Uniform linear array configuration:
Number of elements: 48
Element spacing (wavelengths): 0.75
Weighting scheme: cosine
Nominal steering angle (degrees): -15
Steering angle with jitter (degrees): -14.414
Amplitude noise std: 0.05
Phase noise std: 0.05

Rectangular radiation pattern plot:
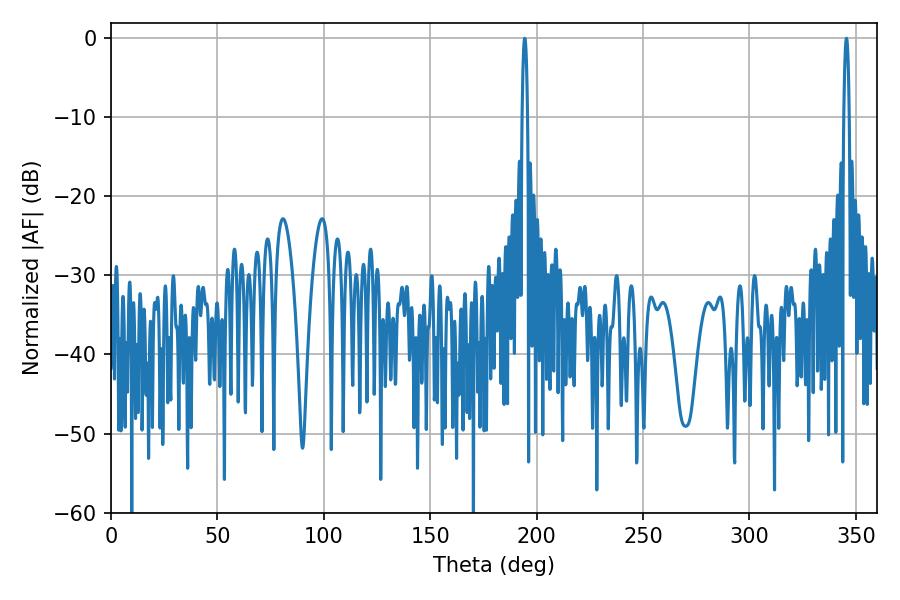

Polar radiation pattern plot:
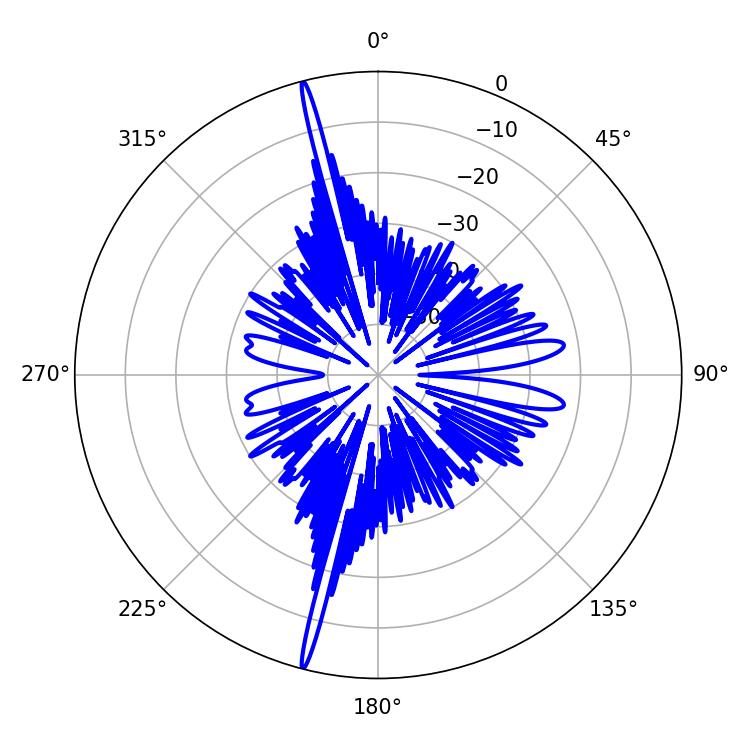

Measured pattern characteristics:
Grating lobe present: TRUE
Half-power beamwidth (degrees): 1.44
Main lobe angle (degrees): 194.4